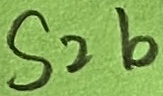
Text: S2b